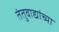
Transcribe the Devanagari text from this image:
तंतुवाद्यांच्या